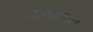
વાતાવાત